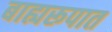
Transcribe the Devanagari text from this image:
बाह्यरूपात